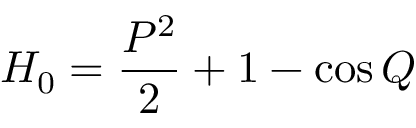
H _ { 0 } = \frac { P ^ { 2 } } { 2 } + 1 - \cos Q